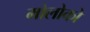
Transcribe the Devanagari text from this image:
मोलोको